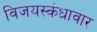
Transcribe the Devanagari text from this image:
विजयस्कंधावार